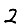
Digit: 2